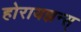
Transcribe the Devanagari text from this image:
होरायझन्स्